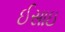
ઈસાઇ